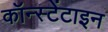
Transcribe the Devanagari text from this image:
कॉन्स्टेंटाइन